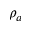
\rho _ { a }